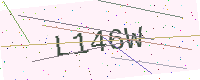
Text: L146W